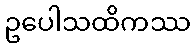
ဥပေါသထိကဿ